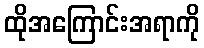
ထိုအကြောင်းအရာကို